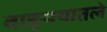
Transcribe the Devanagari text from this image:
वाङ्मयातले